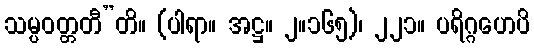
သမ္ပဝတ္တတီ”တိ။ (ပါရာ။ အဋ္ဌ။ ၂။၁၆၅)၊ ၂၂၁။ ပရိဂ္ဂဟေပိ